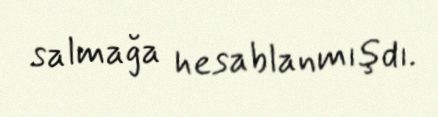
salmağa hesablanmışdı.